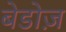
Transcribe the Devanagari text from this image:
बेडोज़